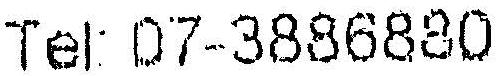
TEL: 07-3886880